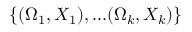
\{ ( \Omega _ { 1 } , X _ { 1 } ) , . . . ( \Omega _ { k } , X _ { k } ) \}